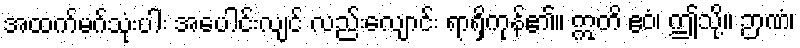
အထက်မဂ်သုံးပါး အပေါင်းလျင် လည်းလျောင်း ရာရှိကုန်၏။ ဣတိ ဧဝံ၊ ဤသို့။ ဉာဏံ၊